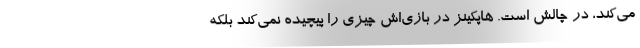
می‌کند، در چالش است. هاپکینز در بازی‌اش چیزی را پیچیده نمی‌کند بلکه